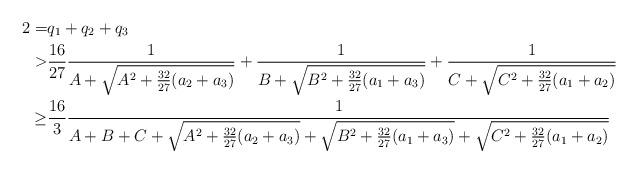
LaTeX: \begin{align*}2=&q_1+q_2+q_3\\>&\frac{16}{27}\frac{1}{A+\sqrt{A^2+\frac{32}{27}(a_2+a_3)}}+\frac{1}{B+\sqrt{B^2+\frac{32}{27}(a_1+a_3)}}+ \frac{1}{C+\sqrt{C^2+\frac{32}{27}(a_1+a_2)}}\\\ge& \frac{16}{3}\frac{1}{A+B+C+\sqrt{A^2+\frac{32}{27}(a_2+a_3)}+\sqrt{B^2+\frac{32}{27}(a_1+a_3)}+\sqrt{C^2+\frac{32}{27}(a_1+a_2)}}\end{align*}